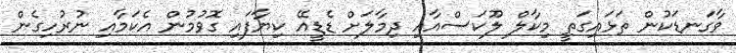
ވާގަނޑަކުން ތަޅައިގަތީ މިކާލް ލޫކަސްއާއި ދިމާލަށް ޑެޑީއޭ ކިޔާފައި ގޮވުމުން އެކަމާއި ނުރުހިގެން